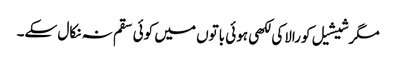
مگرشیشیل کورالاکی لکھی ہوئی باتوں میں کوئی سقم نہ نکال سکے۔